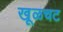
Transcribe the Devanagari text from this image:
खूळचट